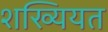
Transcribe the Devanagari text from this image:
शख्यियत